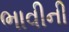
ભાવીની